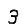
Digit: 3